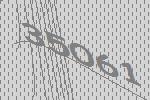
35061